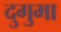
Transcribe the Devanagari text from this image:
दुगुमा